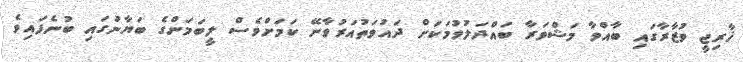
ޚާރިޖީ ވުޒާރާގައި ބާއްވާ މަޝްވަރާ ބައްދަލުވުމަކަށް ދައުވަތުއަރުވާނޭ ކަމަށްވެސް ލީބަމަންގެ ބަޔާނުގައި ބުނެފައިވެ